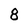
Character: 8